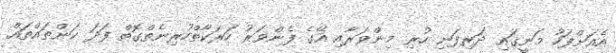
އެއަށްފަހު މަނީގައި ދަރިފަނި ހުރި މިންވަރާއި އޭގެ ފެންވަރު ހަރަކާތްހުރިނެތްގޮތް ފަދަ ކަންތައްތައް